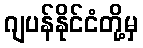
ဂျပန်နိုင်ငံတို့မှ